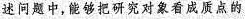
述问题中，能够把研究对象看成质点的